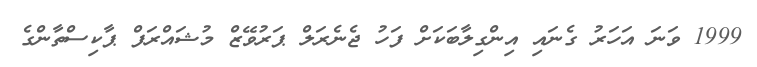
1999 ވަނަ އަހަރު ގެނައި އިންގިލާބަކަށް ފަހު ޖެނެރަލް ޕަރުވޭޒް މުޝައްރަފް ޕާކިސްތާންގެ